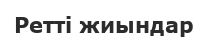
Ретті жиындар